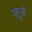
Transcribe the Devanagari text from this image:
ग्लुओं